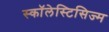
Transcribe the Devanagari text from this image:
स्कॉलेस्टिसिज्म